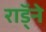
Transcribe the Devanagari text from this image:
राॅड्ने